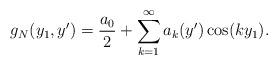
LaTeX: \begin{align*}g_N(y_1,y') = \frac{a_0}{2} + \sum_{k=1}^\infty a_k(y')\cos(ky_1).\end{align*}